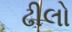
ઢીલો